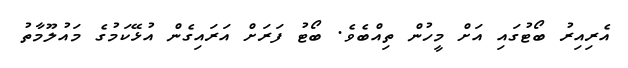
އެރިއިރު ބޯޓުގައި އަށް މީހުން ތިއްބެވެ. ބޯޓު ފަރަށް އަރައިގެން އުޅޭކަމުގެ މައުލޫމާތު